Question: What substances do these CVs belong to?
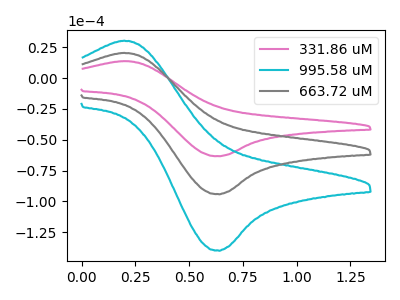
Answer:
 <answer>The pink curve is labeled "331.86 uM". The cyan curve is labeled "995.58 uM". The gray curve is labeled "663.72 uM".</answer>
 <eval></eval>